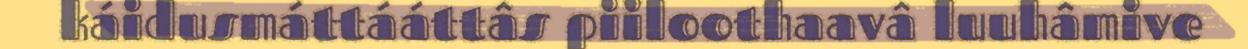
káidusmáttááttâs piiloothaavâ luuhâmive